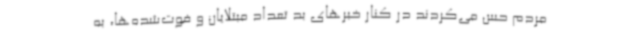
مردم حس می‌کردند در کنار خبرهای بد تعداد مبتلایان و فوت‌شده‌ها، به